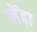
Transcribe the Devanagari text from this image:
लेंढ़ा